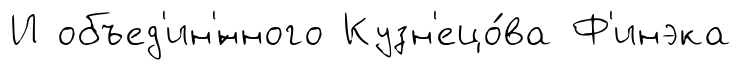
И объед'ин'́нного Кузн'ецо́ва Ф'инэка